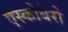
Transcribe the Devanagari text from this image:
एस्कोबेरो